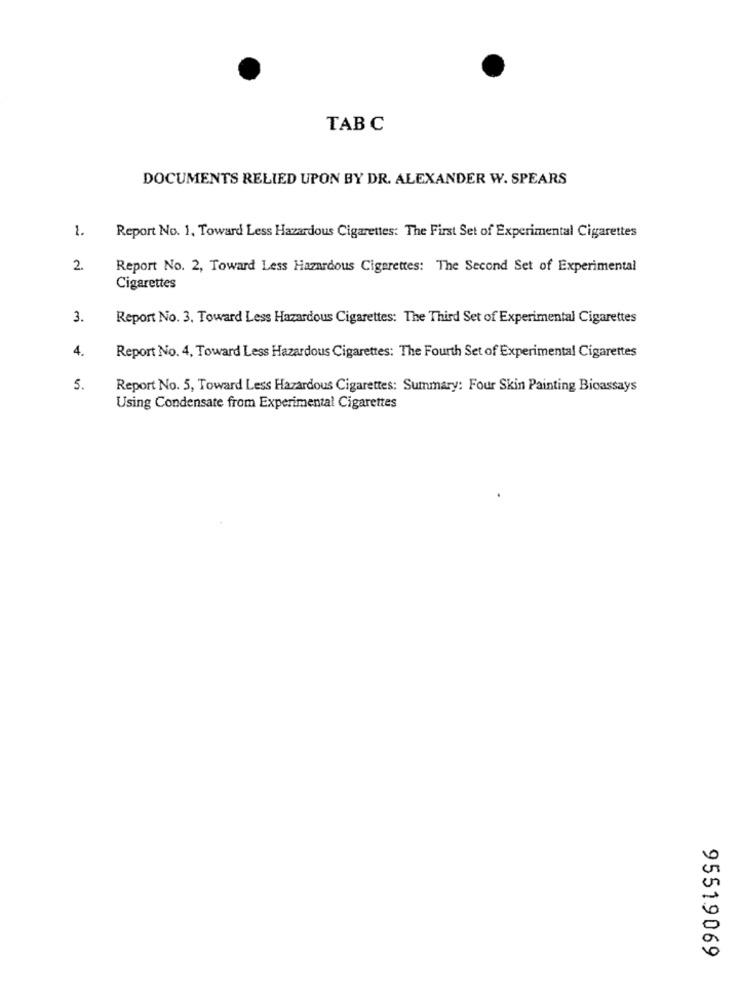
TAB C
DOCUMENTS RELIED UPON BY DR. ALEXANDER W. SPEARS
1.
Report No. 1. Toward Less Hazardous Cigarettes: The First Set of Experimental Cigarettes
2.
Report No. 2, Toward Less Hazardous Cigarettes: The Second Set of Experimental
Cigarettes
3.
Report No. 3. Toward Less Hazardous Cigarettes: The Third Set of Experimental Cigarettes
4.
Report No. 4, Toward Less Hazardous Cigarettes: The Fourth Set of Experimental Cigarettes
5.
Report No. 5, Toward Less Hazardous Cigarettes: Summary: Four Skin Painting Bioassays
Using Condensate from Experimental Cigarettes
95519069